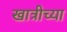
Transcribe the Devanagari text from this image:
खात्रीच्या